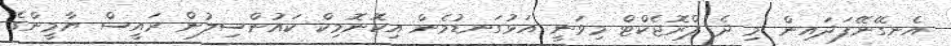
އެނގޭނޭފަދައިން މި ދެ ޕްރޮޖެކްޓް މިވަނީ އަޅުގަނޑުމެން އިކޮނޮމިކް ކައުންސިލުން ރައީސް ޔާމީންގެ